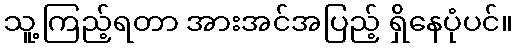
သူ့ကြည့်ရတာ အားအင်အပြည့် ရှိနေပုံပင်။